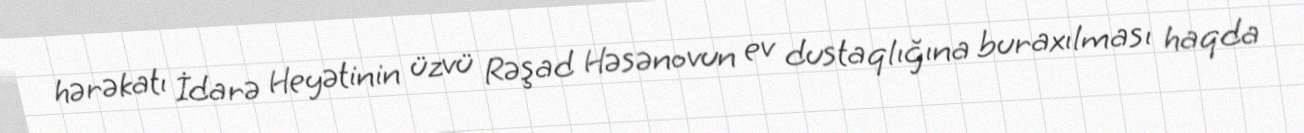
hərəkatı İdarə Heyətinin üzvü Rəşad Həsənovun ev dustaqlığına buraxılması haqda